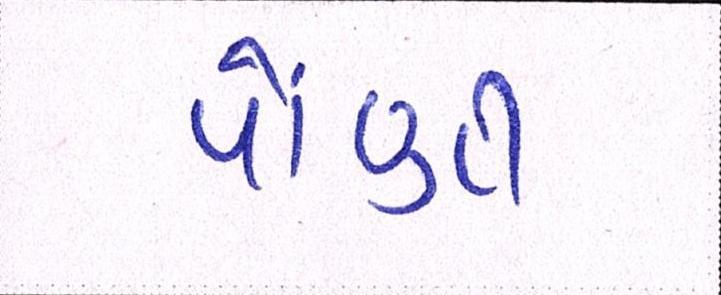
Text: પોંણી